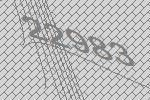
22983